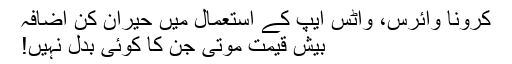
کرونا وائرس، واٹس ایپ کے استعمال میں حیران کن اضافہ
بیش قیمت موتی جن کا کوئی بدل نہیں!